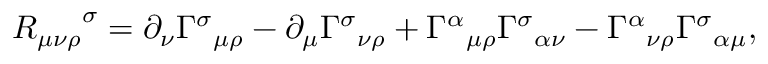
{ R _ { \mu \nu \rho } } ^ { \sigma } = \partial _ { \nu } { \Gamma ^ { \sigma } } _ { \mu \rho } - \partial _ { \mu } { \Gamma ^ { \sigma } } _ { \nu \rho } + { \Gamma ^ { \alpha } } _ { \mu \rho } { \Gamma ^ { \sigma } } _ { \alpha \nu } - { \Gamma ^ { \alpha } } _ { \nu \rho } { \Gamma ^ { \sigma } } _ { \alpha \mu } ,